Annual report on the lock hospitals of the Madras Presidency
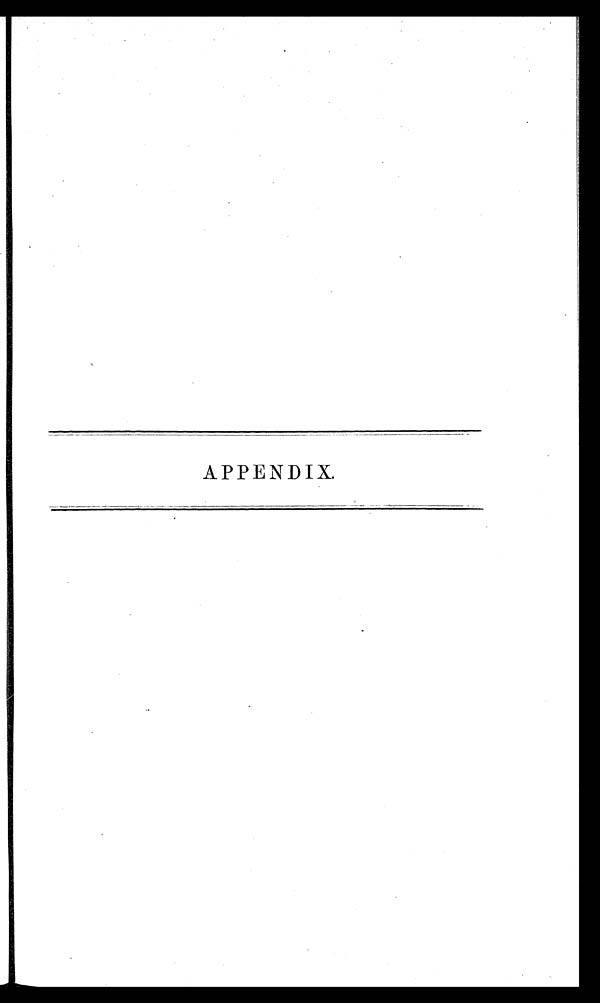
APPENDIX.